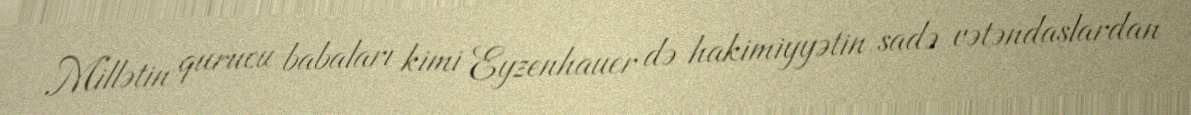
Millətin qurucu babaları kimi Eyzenhauer də hakimiyyətin sadə vətəndaşlardan